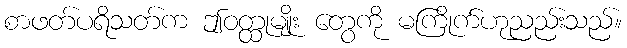
စာဖတ်ပရိသတ်က ဤဝတ္ထုမျိုး တွေကို မကြိုက်ဟုညည်းသည်။